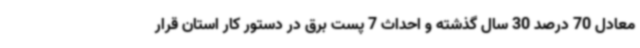
معادل 70 درصد 30 سال گذشته و احداث 7 پست برق در دستور کار استان قرار